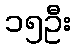
၁၅ဦး